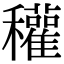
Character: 𥤊